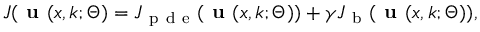
\begin{array} { r } { J ( \textbf { u } ( \boldsymbol { x } , \boldsymbol { k } ; \Theta ) = J _ { \mathrm { ~ p ~ d ~ e ~ } } ( \textbf { u } ( \boldsymbol { x } , \boldsymbol { k } ; \Theta ) ) + \gamma J _ { \mathrm { ~ b ~ } } ( \textbf { u } ( \boldsymbol { x } , \boldsymbol { k } ; \Theta ) ) , } \end{array}